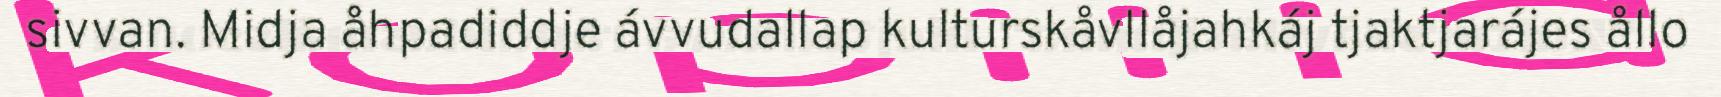
sivvan. Midja åhpadiddje ávvudallap kulturskåvllåjahkáj tjaktjarájes ållo